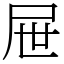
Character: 屉